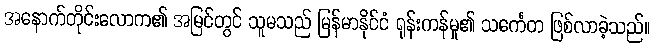
အနောက်တိုင်းလောက၏ အမြင်တွင် သူမသည် မြန်မာနိုင်ငံ ရုန်းကန်မှု၏ သင်္ကေတ ဖြစ်လာခဲ့သည်။